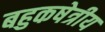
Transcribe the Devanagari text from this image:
बहुकषेत्रीय